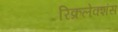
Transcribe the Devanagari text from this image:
रिक्रलेक्शंस